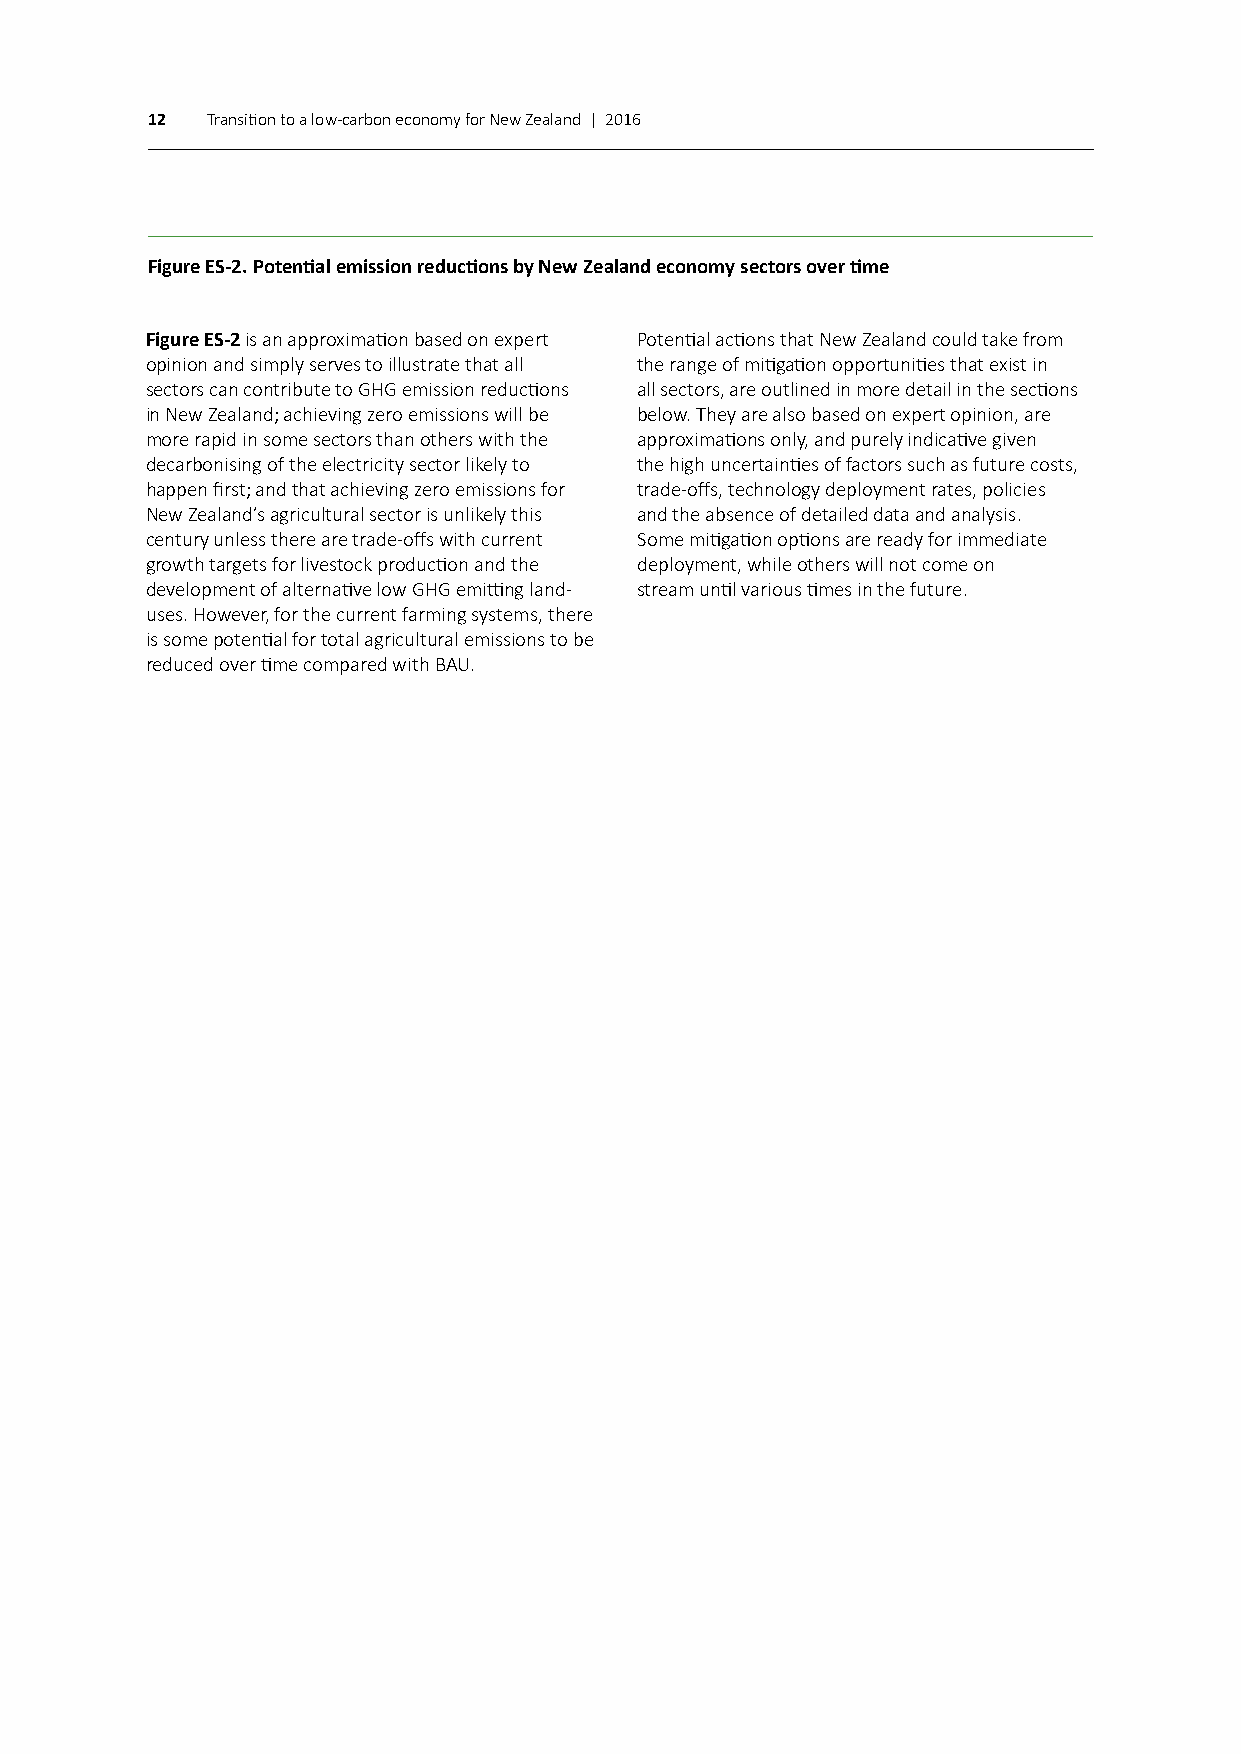
12  Transition to a low-carbon economy for New Zealand | 2016
 Figure ES-2. Potential emission reductions by New Zealand economy sectors over time
 Figure ES-2 is an approximation based on expert Potential actions that New Zealand could take from
 opinion and simply serves to illustrate that all the range of mitigation opportunities that exist in
 sectors can contribute to GHG emission reductions all sectors, are outlined in more detail in the sections
 in New Zealand; achieving zero emissions will be below. They are also based on expert opinion, are
 more rapid in some sectors than others with the approximations only, and purely indicative given
 decarbonising of the electricity sector likely to the high uncertainties of factors such as future costs,
 happen first; and that achieving zero emissions for trade-offs, technology deployment rates, policies
 New Zealand’s agricultural sector is unlikely this and the absence of detailed data and analysis.
 century unless there are trade-offs with current Some mitigation options are ready for immediate
 growth targets for livestock production and the deployment, while others will not come on
 development of alternative low GHG emitting land- stream until various times in the future.
 uses. However, for the current farming systems, there
 is some potential for total agricultural emissions to be
 reduced over time compared with BAU.